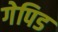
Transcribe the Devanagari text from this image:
गेपिड